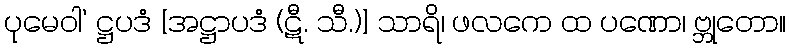
ပုမေဝါ’ ဋ္ဌပဒံ [အဋ္ဌာပဒံ (ဋီ. သီ.)] သာရိ၊ ဖလကေ ထ ပဏော၊ ဗ္ဘုတော။